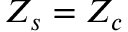
Z _ { s } = Z _ { c }